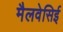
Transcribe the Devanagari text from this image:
मैलवेसिई